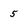
Character: 5